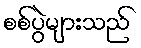
စစ်ပွဲများသည်